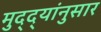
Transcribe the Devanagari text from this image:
मुद्‌द्‌यांनुसार